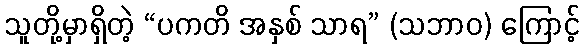
သူတို့မှာရှိတဲ့ “ပကတိ အနှစ် သာရ” (သဘာဝ) ကြောင့်